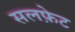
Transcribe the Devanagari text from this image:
सलफ़ेट